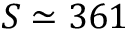
S \simeq 3 6 1